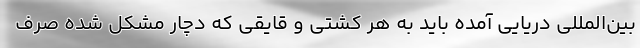
بین‌المللی دریایی آمده باید به هر کشتی و قایقی که دچار مشکل شده صرف